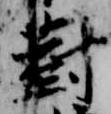
対